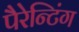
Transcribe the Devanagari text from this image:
पैरेन्टिंग